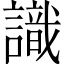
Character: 識